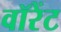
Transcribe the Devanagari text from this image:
वॉरेंट